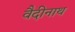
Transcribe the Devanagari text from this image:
वैदीनाथ